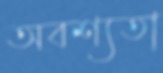
অবশ্যতা